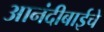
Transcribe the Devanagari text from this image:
आनंदीबाईचे